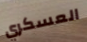
العسكري